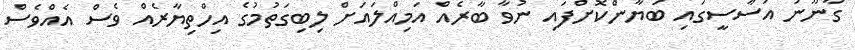
ގާނޫނު އަސާސީގައި ބަޔާންކޮށްފައި ނުވާ ބާރެއް އަމިއްލައަށް ލިބިގަތުމުގެ އިހްތިޔާރެއް ވެސް އެއްވެސް